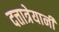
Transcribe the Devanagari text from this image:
दत्तात्रेयानी